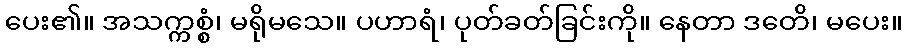
ပေး၏။ အသက္ကစ္စံ၊ မရိုမသေ။ ပဟာရံ၊ ပုတ်ခတ်ခြင်းကို။ နေတာ ဒတေိ၊ မပေး။